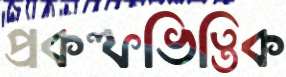
প্রকল্পভিত্তিক